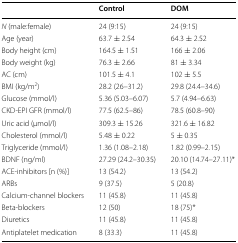
|  | Control | DOM |
 | --- | --- | --- |
 | N (male:female) | 24 (9:15) | 24 (9:15) |
 | Age (year) | 63.7 ± 2.54 | 64.3 ± 2.52 |
 | Body height (cm) | 164.5 ± 1.51 | 166 ± 2.06 |
 | Body weight (kg) | 76.3 ± 2.66 | 81 ± 3.34 |
 | AC (cm) | 101.5 ± 4.1 | 102 ± 5.5 |
 | BMI (kg/m2) | 28.2 (26–31.2) | 29.8 (24.4–34.6) |
 | Glucose (mmol/l) | 5.36 (5.03–6.07) | 5.7 (4.94–6.63) |
 | CKD-EPI GFR (mmol/l) | 77.5 (62.5–86) | 78.5 (60.8–90) |
 | Uric acid (μmol/l) | 309.3 ± 15.26 | 321.6 ± 16.82 |
 | Cholesterol (mmol/l) | 5.48 ± 0.22 | 5 ± 0.35 |
 | Triglyceride (mmol/l) | 1.36 (1.08–2.18) | 1.82 (0.99–2.15) |
 | BDNF (ng/ml) | 27.29 (24.2–30.35) | 20.10 (14.74–27.11)* |
 | ACE-inhibitors [n (%)] | 13 (54.2) | 13 (54.2) |
 | ARBs | 9 (37.5) | 5 (20.8) |
 | Calcium-channel blockers | 11 (45.8) | 11 (45.8) |
 | Beta-blockers | 12 (50) | 18 (75)* |
 | Diuretics | 11 (45.8) | 11 (45.8) |
 | Antiplatelet medication | 8 (33.3) | 11 (45.8) |